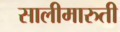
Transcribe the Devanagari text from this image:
सालीमारुती